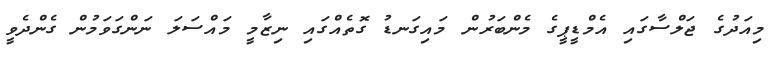
މިއަދުގެ ޖަލްސާގައި އެމްޑީޕީގެ މެންބަރުން މައިގަނޑު ގޮތެއްގައި ނިޒާމީ މައްސަލަ ނަންގަވަމުން ގެންދެވީ